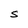
Character: S